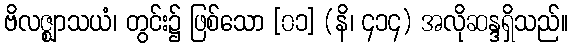
ဗိလဇ္ဈာသယံ၊ တွင်း၌ ဖြစ်သော [၀၁] (နိ၊ ၄၁၄) အလိုဆန္ဒရှိသည်။